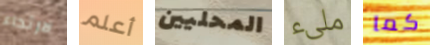
لارتداء أعلم المحليين ملىء كما